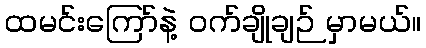
ထမင်းကြော်နဲ့ ဝက်ချိုချဉ် မှာမယ်။